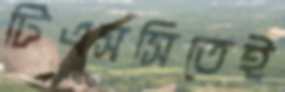
টিএসসিতেই